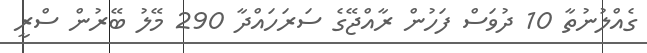
ގެއްލުނުތާ 10 ދުވަސް ފަހުން ރާއްޖޭގެ ސަރަހައްދާ 290 މޭލު ބޭރުން ސްރީ